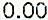
0.00